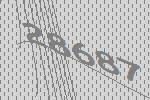
28687